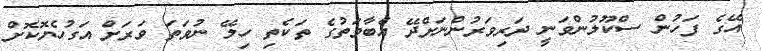
އޭގެ ފަހުން ސްކޫލުންވަނީ ދަރިވަރުންނަށްދޭ އެބާވަތުގެ ތަކެތި ހިލޭ ނުވަތަ ވަރަށް އަގުހެޔޮކޮށް